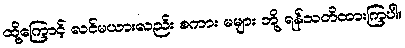
ထို့ကြောင့် လင်မယားလည်း စကား မများ ဘို့ ရန်သတိထားကြပါ။